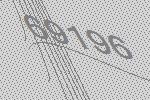
69196